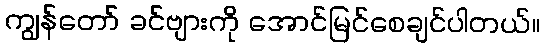
ကျွန်တော် ခင်ဗျားကို အောင်မြင်စေချင်ပါတယ်။